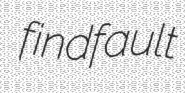
findfault